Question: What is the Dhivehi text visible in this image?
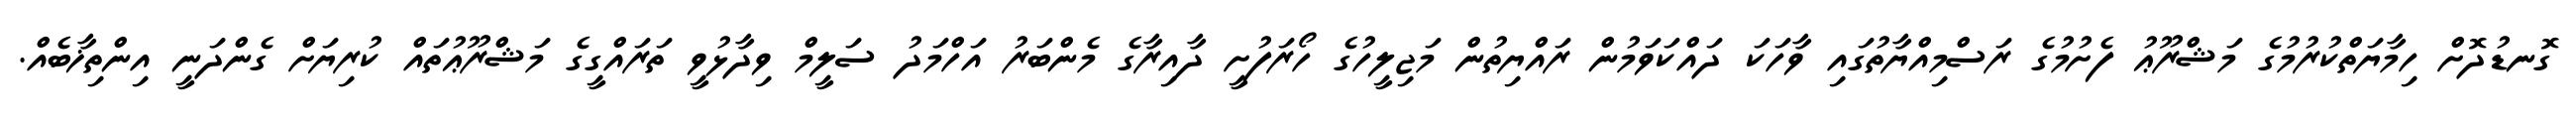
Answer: ގޮނޑުދޮށް ހިމާޔަތްކުރުމުގެ މަޝްރޫޢު ފެށުމުގެ ރަސްމިއްޔާތުގައި ވާހަކަ ދައްކަވަމުން ރައްޔިތުން މަޖިލީހުގެ ހޯރަފުށީ ދާއިރާގެ މެންބަރު އަހްމަދު ސަލީމް ވިދާޅުވީ ތަރައްގީގެ މަޝްރޫޢުތައް ކުރިޔަށް ގެންދަނީ އިންތިޚާބެއް.